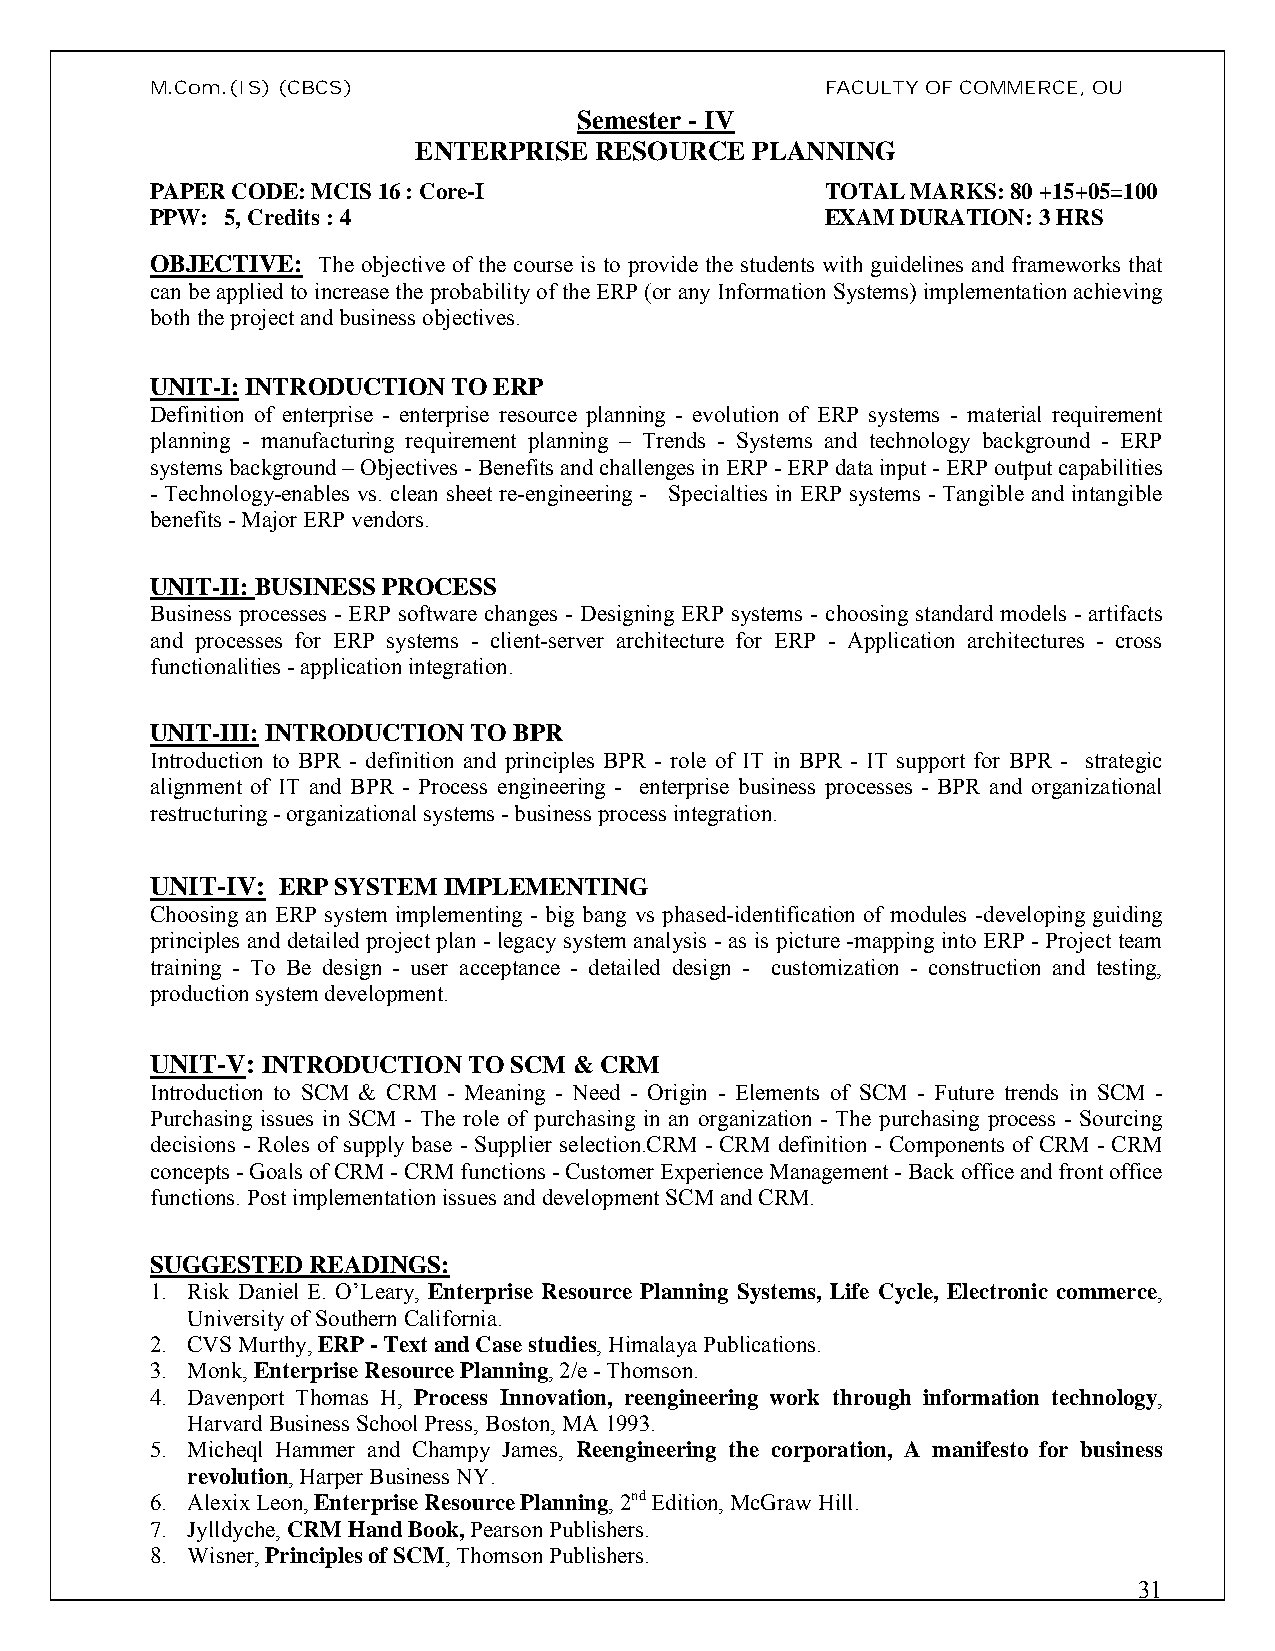
M.Com.(IS)(CBCS)                             FACULTY OF COMMERCE, OU
 Semester - IV
 ENTERPRISE RESOURCE   PLANNING
 PAPER CODE: MCIS 16 : Core-I                 TOTAL MARKS: 80 +15+05=100
 PPW: 5, Credits : 4                          EXAM DURATION: 3 HRS
 OBJECTIVE: The objective of the course is to provide the students with guidelines and frameworks that
 can be applied to increase the probability of the ERP (or any Information Systems) implementation achieving
 both the project and business objectives.
 UNIT-I:INTRODUCTION TO ERP
 Definition of enterprise - enterprise resource planning - evolution of ERP systems - material requirement
 planning - manufacturing requirement planning – Trends - Systems and technology background - ERP
 systems background – Objectives -Benefits and challenges in ERP -ERP data input -ERP output capabilities
 - Technology-enables vs. clean sheet re-engineering - Specialties in ERP systems - Tangible and intangible
 benefits -Major ERP vendors.
 UNIT-II:BUSINESS PROCESS
 Business processes - ERP software changes - Designing ERP systems - choosing standard models - artifacts
 and processes for ERP systems - client-server architecture for ERP - Application architectures - cross
 functionalities -application integration.
 UNIT-III:INTRODUCTION TO BPR
 Introduction to BPR - definition and principles BPR - role of IT in BPR - IT support for BPR - strategic
 alignment of IT and BPR - Process engineering - enterprise business processes - BPR and organizational
 restructuring -organizational systems -business process integration.
 UNIT-IV: ERP SYSTEM IMPLEMENTING
 Choosing an ERP system implementing - big bang vs phased-identification of modules -developing guiding
 principles and detailed project plan - legacy system analysis - as is picture -mapping into ERP - Project team
 training - To Be design - user acceptance - detailed design - customization - construction and testing,
 production system development.
 UNIT-V: INTRODUCTION TO SCM & CRM
 Introduction to SCM & CRM - Meaning - Need - Origin - Elements of SCM - Future trends in SCM -
 Purchasing issues in SCM - The role of purchasing in an organization - The purchasing process - Sourcing
 decisions - Roles of supply base - Supplier selection.CRM - CRM definition - Components of CRM - CRM
 concepts -Goals of CRM -CRM functions -Customer Experience Management -Back office and front office
 functions. Post implementation issues and development SCM and CRM.
 SUGGESTED READINGS:
 1. Risk Daniel E. O’Leary, Enterprise Resource Planning Systems, Life Cycle, Electronic commerce,
 University of Southern California.
 2. CVS Murthy, ERP -Text and Case studies, Himalaya Publications.
 3. Monk, Enterprise Resource Planning, 2/e -Thomson.
 4. Davenport Thomas H, Process Innovation, reengineering work through information technology,
 Harvard Business School Press, Boston, MA 1993.
 5. Micheql Hammer and Champy James, Reengineering the corporation, A manifesto for business
 revolution, Harper Business NY.
 6. Alexix Leon, Enterprise Resource Planning, 2ndEdition, McGraw Hill.
 7. Jylldyche, CRM Hand Book,Pearson Publishers.
 8. Wisner, Principles of SCM, Thomson Publishers.
 31